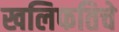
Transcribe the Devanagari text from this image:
खलिफतिचे